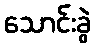
သောင်းခွဲ